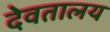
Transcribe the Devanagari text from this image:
देवतालय